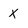
Character: x